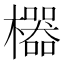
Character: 𱤱